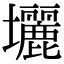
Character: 𡔉